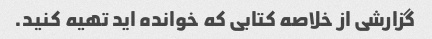
گزارشی از خلاصه کتابی که خوانده اید تهیه کنید.